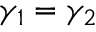
\gamma _ { 1 } = \gamma _ { 2 }